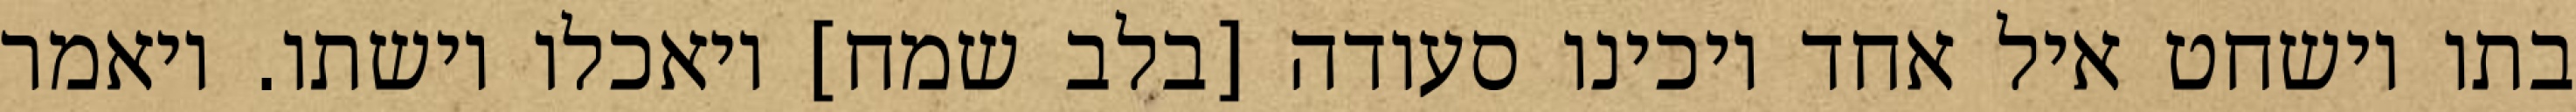
בתו וישחט איל אחד ויכינו סעודה [בלב שמח] ויאכלו וישתו. ויאמר